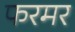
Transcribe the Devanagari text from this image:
फरमर